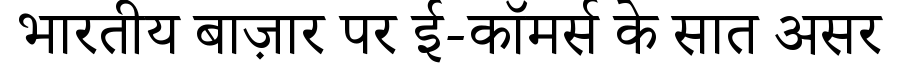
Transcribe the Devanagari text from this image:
भारतीय बाज़ार पर ई-कॉमर्स के सात असर